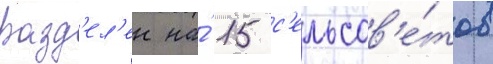
разд'ел'ен на́ 15 с'ельсов'е́тов